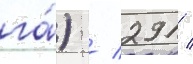
га́) / 291 /